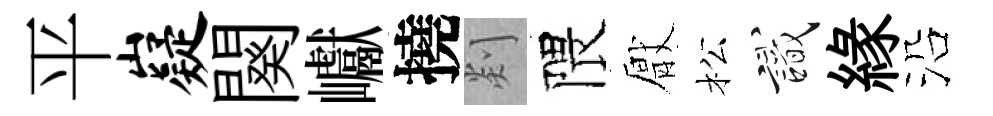
平嶷闋巘撓剡隈厭松識縁沿